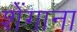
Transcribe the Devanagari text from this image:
शेंगाना